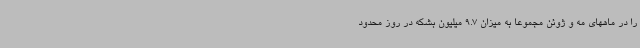
را در ماههای مه و ژوئن مجموعا به میزان 9.7 میلیون بشکه در روز محدود